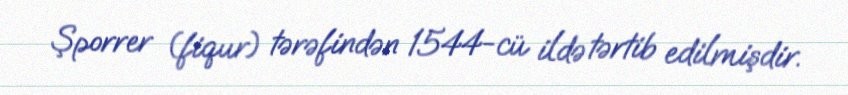
Şporrer (fiqur) tərəfindən 1544-cü ildə tərtib edilmişdir.